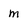
Character: m